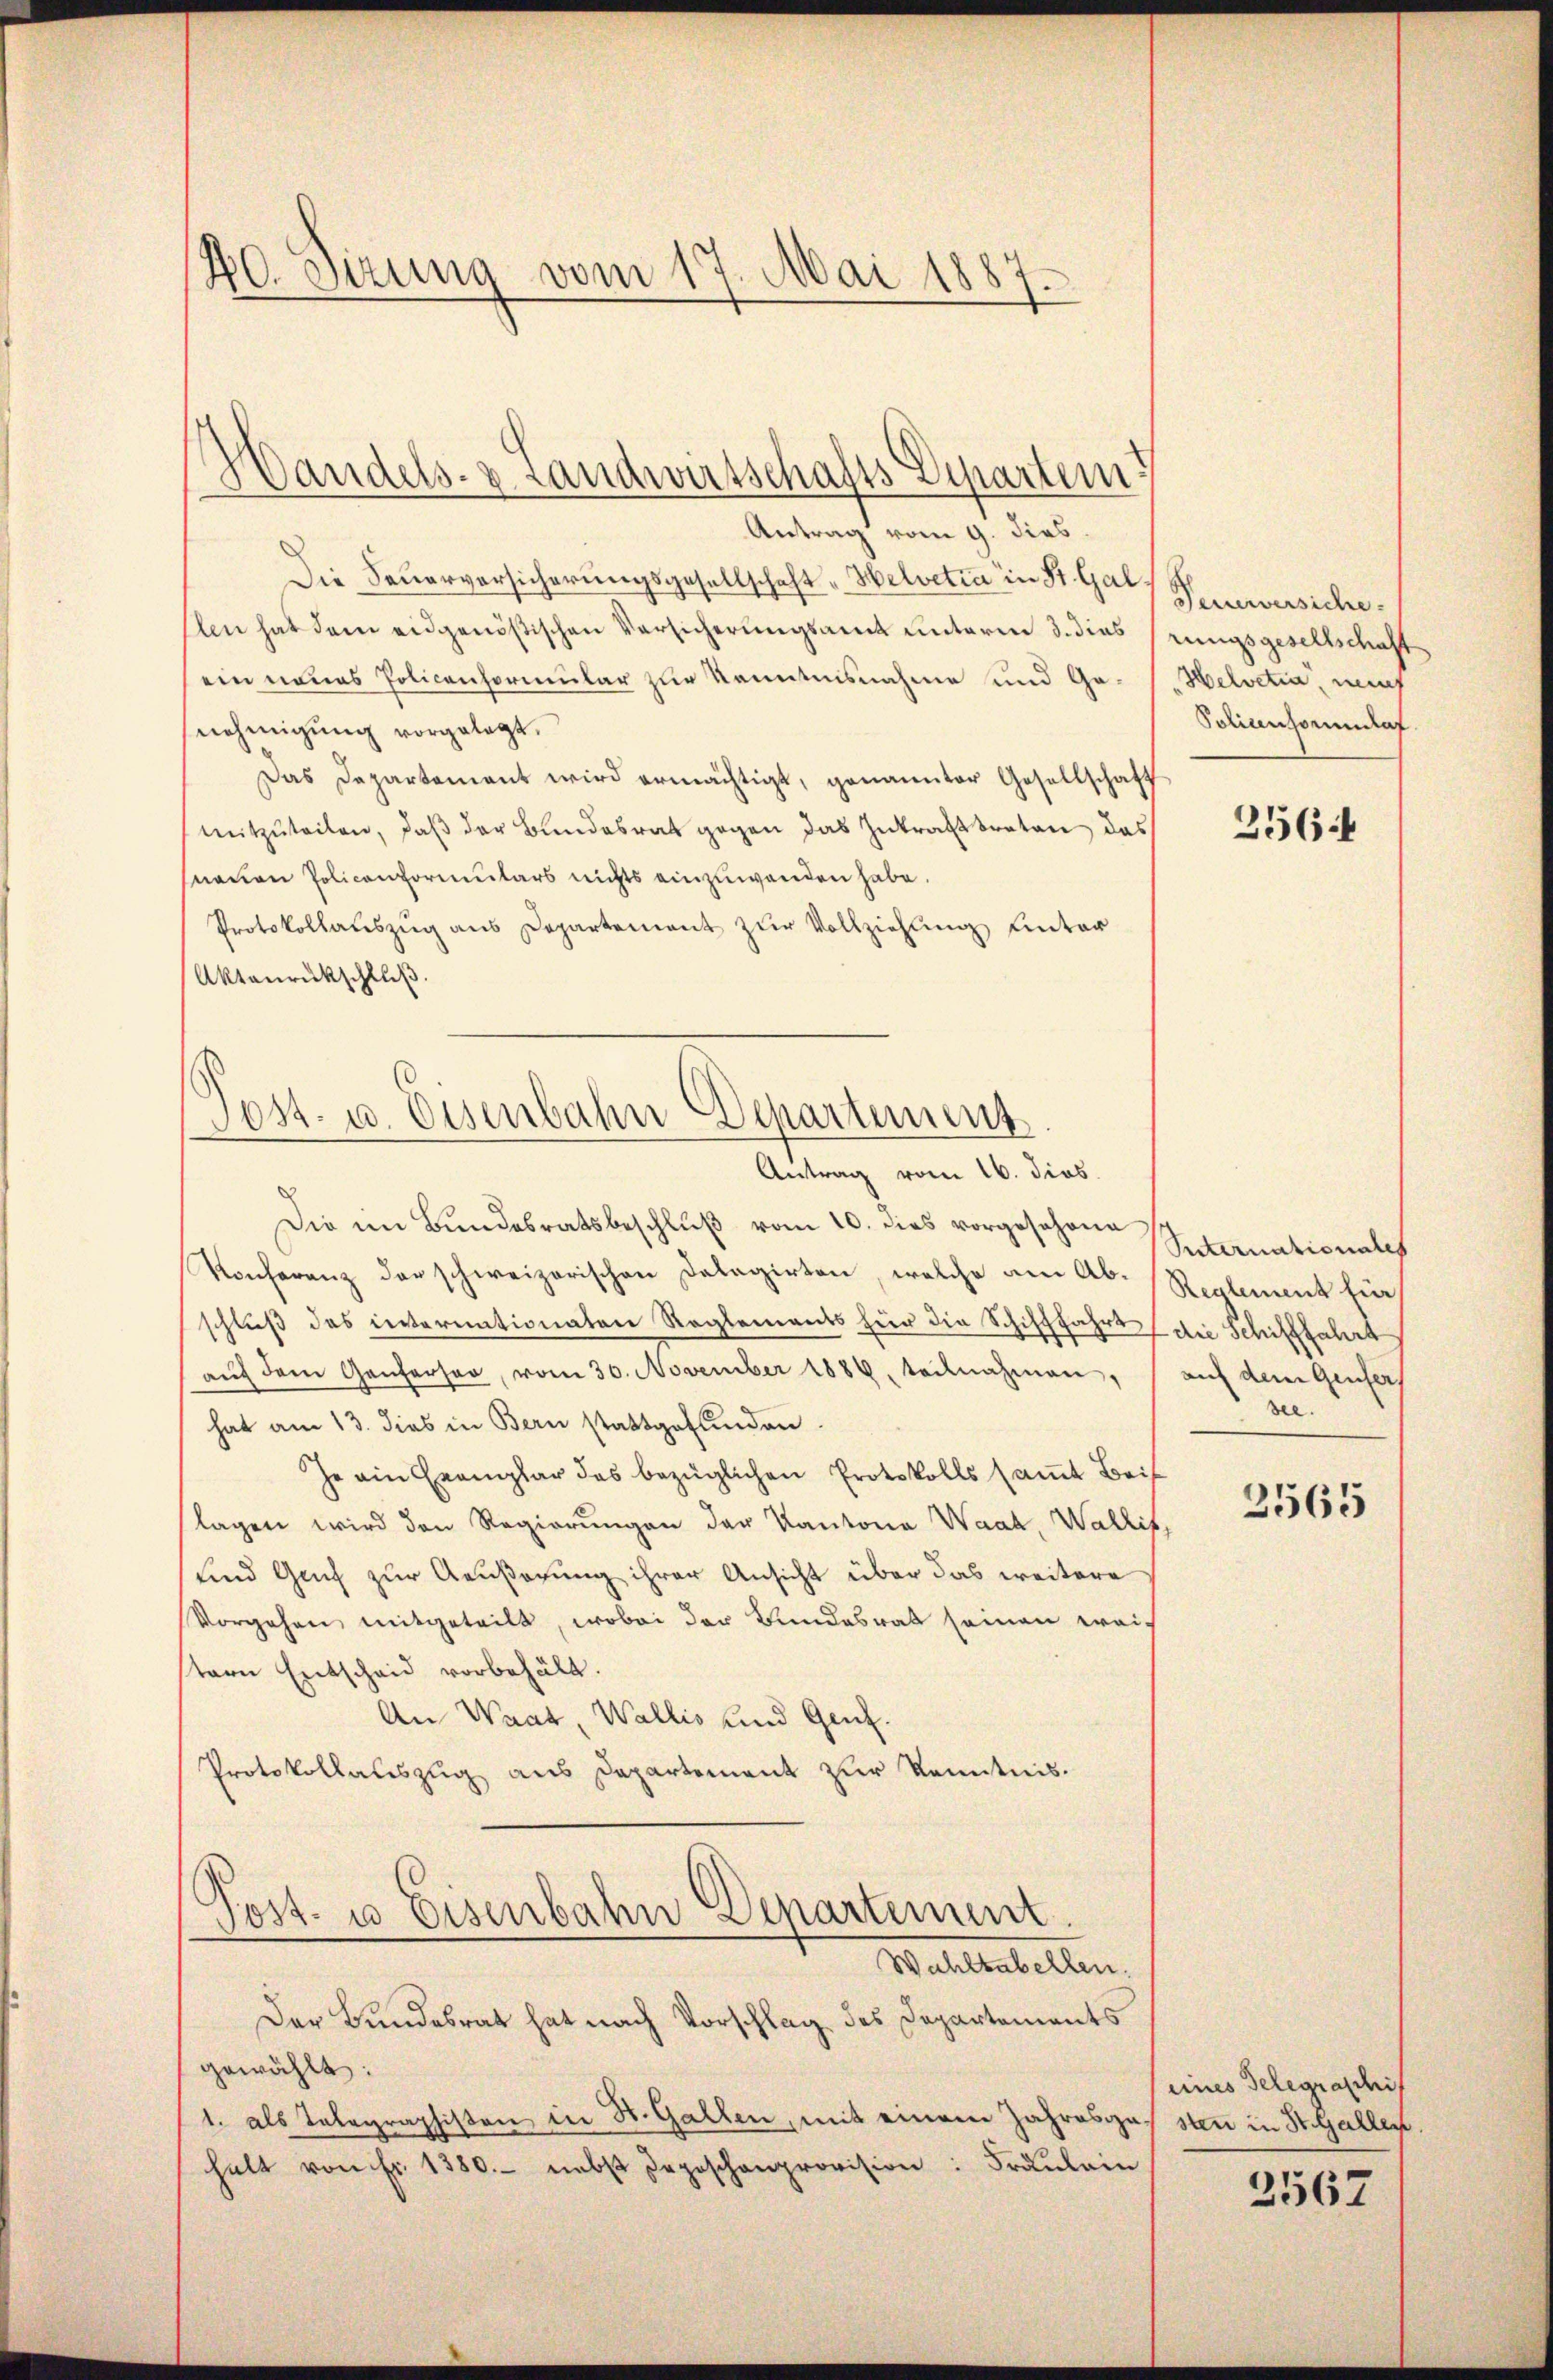
20. Sizung vom 17. Mai 1887.

Antrag vom 9. dies
Die Feuerversicherungsgesellschaft "Helvetia in St. Gal Peuerversiche
Elen hat dem eidgenößischen Versicherungsamt unterm 3. dies frungsgesellschaft
ein neues Policenformular zur Kenntnisnahme und Genehmigung vorgelegt.
Das Departement wird ermächtigt, genannter Gesellschaft
mitzŭteilen, daβ der Bundesrat gegen das Zutrafttreten das
nauen Policonformulars nichts einzuwenden habe.
Protokollauszug aus Departement zur Vollziehung unter
Aktanrückschloß.

Handels- & Landwirtschafts Departem¬

Jost u. Eisenbahn Departement

Antrag vom 16. dies
Die im Bundesratsbeschluß vom 10. dies vorgesehene Sternationales
Konferenz der schweizerischen Dalagirten, welche am Ab-Reglement für
schluß das internationaten Reglements für die Schifffahrt (die Schifffahrt
aŭf dem Ganterser, vom 30. November 1886, teilnahmen, auf dem Genfer
hat am 13. dies in Bern stattgefunden.
Je ain Exemplar des bezüglichen Protskolls samt Beit
lagen wird den Regierungen der Kantona Waak, Wallis,
und Genf zur Aeußerung ihrer Ansicht über das weitere
Vorgehen mitgeteilt, wobei der Bundesrat seinen weis
stern Entscheid vorbehält.
An Waar, Wallis und Genz¬
Protokollauszug aus Departement zur Kenntnis.
ost- u Eisenbahn Departement.
Wahlkabellen.
Der Bundesrat hat nach Vorschlag des Departements
gewählt:
1. als Telegraphisten in St. Gallen, mit einem Jahresgassten in St. Gallen.
halt von Fr. 1380. nebst Depeschenprovision: Fräŭlein

Helvetia, neue
Soliansorumlaf

356.

see.
3565

seines Gelegraschif
2567